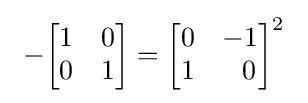
\ -{\begin{bmatrix}1&0\\0&1\end{bmatrix}}={\begin{bmatrix}0&-1\\1&~~0\end{bmatrix}}^{2}\